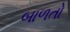
બાળતો